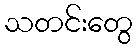
သတင်းတွေ